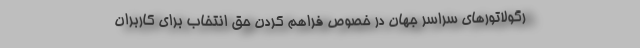
رگولاتورهای سراسر جهان در خصوص فراهم کردن حق انتخاب برای کاربران